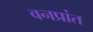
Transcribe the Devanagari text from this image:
वनप्रांत